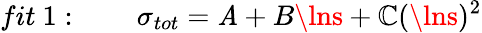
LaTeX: fit\ 1:\qquad\sigma_{tot}=\mathit{A}+B\lns+\mathbb{C}(\lns)^{2}